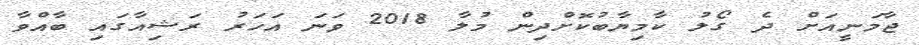
ޖާމަނީއަށް ދެ ގޯލު ކާމިޔާބުކޮށްދިން މުލާ 2018 ވަނަ އަހަރު ރަޝިއާގައި ބާއްވާ